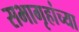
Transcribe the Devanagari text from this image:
सभागृहांच्या